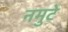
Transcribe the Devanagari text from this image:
नमुटे